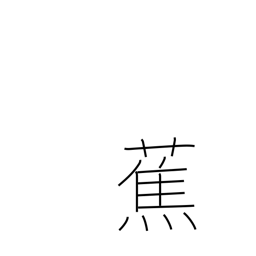
Meaning: plantain